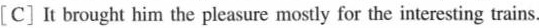
[C] It brought him the pleasure mostly for the interesting trains.